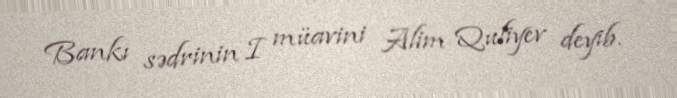
Bankı sədrinin I müavini Alim Quliyev deyib.